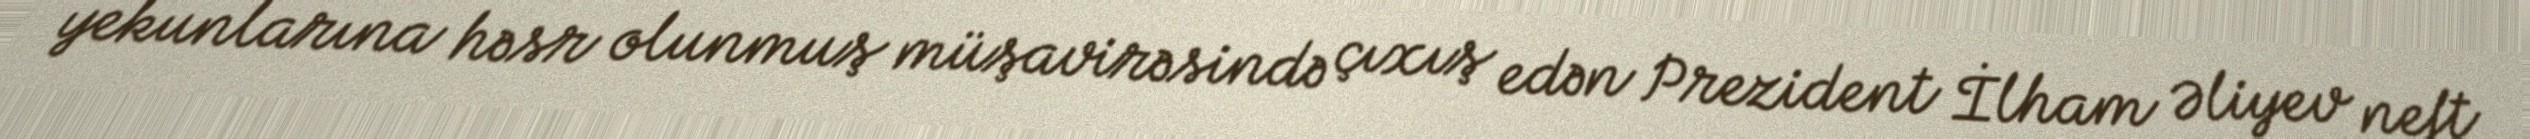
yekunlarına həsr olunmuş müşavirəsində çıxış edən Prezident İlham Əliyev neft